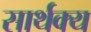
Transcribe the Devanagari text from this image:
सार्थक्य